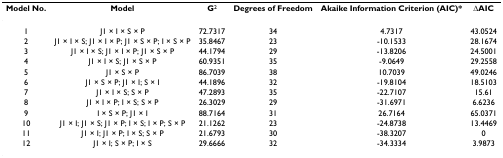
<table><thead><tr><td><b>Model No.</b></td><td><b>Model</b></td><td><b>G<sup>2</sup></b></td><td><b>Degrees of Freedom</b></td><td><b>Akaike Information Criterion (AIC)*</b></td><td><b>ΔAIC</b></td></tr></thead><tbody><tr><td>1</td><td>J1 × I × S × P</td><td>72.7317</td><td>34</td><td>4.7317</td><td>43.0524</td></tr><tr><td>2</td><td>J1 × I × S; J1 × I × P; J1 × S × P; I × S × P</td><td>35.8467</td><td>23</td><td>-10.1533</td><td>28.1674</td></tr><tr><td>3</td><td>J1 × I × S; J1 × I × P; J1 × S × P</td><td>44.1794</td><td>29</td><td>-13.8206</td><td>24.5001</td></tr><tr><td>4</td><td>J1 × I × S; J1 × S × P</td><td>60.9351</td><td>35</td><td>-9.0649</td><td>29.2558</td></tr><tr><td>5</td><td>J1 × S × P</td><td>86.7039</td><td>38</td><td>10.7039</td><td>49.0246</td></tr><tr><td>6</td><td>J1 × S × P; J1 × I; S × I</td><td>44.1896</td><td>32</td><td>-19.8104</td><td>18.5103</td></tr><tr><td>7</td><td>J1 × I × S; S × P</td><td>47.2893</td><td>35</td><td>-22.7107</td><td>15.61</td></tr><tr><td>8</td><td>J1 × I × P; I × S; S × P</td><td>26.3029</td><td>29</td><td>-31.6971</td><td>6.6236</td></tr><tr><td>9</td><td>I × S × P; J1 × I</td><td>88.7164</td><td>31</td><td>26.7164</td><td>65.0371</td></tr><tr><td>10</td><td>J1 × I; J1 × S; J1 × P; I × S; I × P; S × P</td><td>21.1262</td><td>23</td><td>-24.8738</td><td>13.4469</td></tr><tr><td>11</td><td>J1 × I; J1 × P; I × S; S × P</td><td>21.6793</td><td>30</td><td>-38.3207</td><td>0</td></tr><tr><td>12</td><td>J1 × I; S × P; I × S</td><td>29.6666</td><td>32</td><td>-34.3334</td><td>3.9873</td></tr></tbody></table>